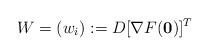
LaTeX: \begin{align*}W=(w_i):=D[\nabla F({\bf 0})]^T\end{align*}